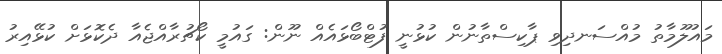
މައުލޫމާތު މުއްސަނދިވި ޕާކިސްތާނުން ކުޅުނީ ފުޓްބޯޅައެއް ނޫން: ގައުމީ ކޯޗުރާއްޖެއާ ދެކޮޅަށް ކުޅޭއިރު